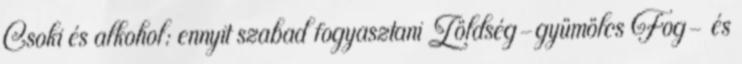
Csoki és alkohol: ennyit szabad fogyasztani Zöldség-gyümölcs Fog- és